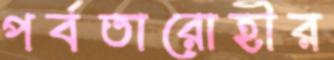
পর্বতারোহীর